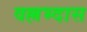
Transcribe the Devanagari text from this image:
वल्लभ्दास